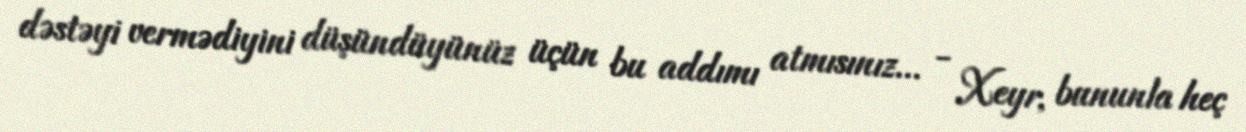
dəstəyi vermədiyini düşündüyünüz üçün bu addımı atmısınız... - Xeyr, bununla heç